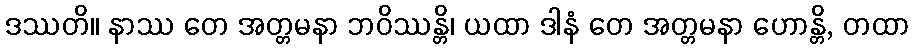
ဒဿတိ။ နာဿ တေ အတ္တမနာ ဘဝိဿန္တိ၊ ယထာ ဒါနံ တေ အတ္တမနာ ဟောန္တိ, တထာ